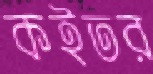
কইতর